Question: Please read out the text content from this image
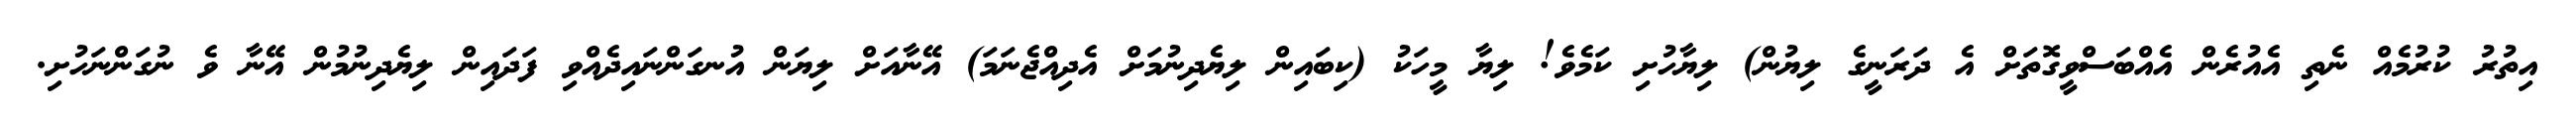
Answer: އިތުރު ކުރުމެއް ނެތި އެއުރެން އެއްބަސްވީގޮތަށް އެ ދަރަނީގެ ލިޔުން) ލިޔާހުށި ކަމެވެ! ލިޔާ މީހަކު (ކިބައިން ލިޔެދިނުމަށް އެދިއްޖެނަމަ) އޭނާއަށް ލިޔަން އުނގަންނައިދެއްވި ފަދައިން ލިޔެދިނުމުން އޭނާ ވެ ނުގަންނަހުށި.